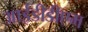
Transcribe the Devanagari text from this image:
आईडीडीएम